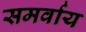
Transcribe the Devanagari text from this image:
समर्वाय